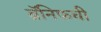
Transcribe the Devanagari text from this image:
ब्रॅनिफची